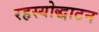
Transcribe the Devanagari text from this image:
रहस्योद्धाटन